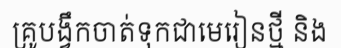
គ្រូបង្វឹកចាត់ទុកជាមេរៀនថ្មី និង